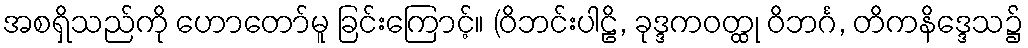
အစရှိသည်ကို ဟောတော်မူ ခြင်းကြောင့်။ (ဝိဘင်းပါဠိ, ခုဒ္ဒကဝတ္ထု ဝိဘင်္ဂ, တိကနိဒ္ဒေသ၌